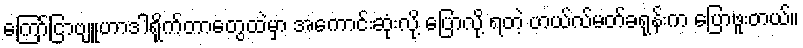
ကြော်ငြာဗျူဟာဒါရိုက်တာတွေထဲမှာ အကောင်းဆုံးလို့ ပြောလို့ ရတဲ့ ဟယ်လ်မတ်ခရုန်းက ပြောဖူးတယ်။